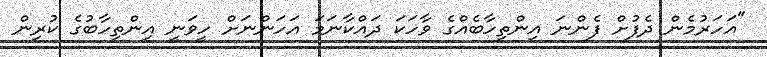
"އަހަރުމެން ދެފުށް ފެންނަ އިންތިހާބެއްގެ ވާހަކަ ދައްކާނަމަ އަހަންނަށް ހީވަނީ އިންތިހާބުގެ ކުރިން